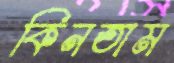
কিনতাম